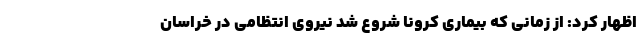
اظهار کرد: از زمانی که بیماری کرونا شروع شد نیروی انتظامی در خراسان